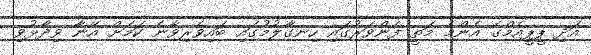
އަދި ޕީޕީއެމްގެ އެންމެ މަތީ ފެންވަރުގައި ހިނގާލުމުގައި ބައިވެރިވާނެ ކަމަށް އޭނާ ވިދާޅުވި